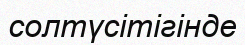
солтүсітігінде